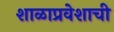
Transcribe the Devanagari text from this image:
शाळाप्रवेशाची